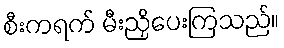
စီးကရက် မီးညှိပေးကြသည်။